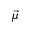
\vec { \mu }